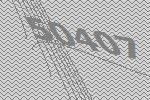
50407